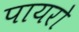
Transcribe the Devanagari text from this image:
पायरो